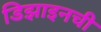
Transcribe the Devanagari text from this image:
डिझाइनची